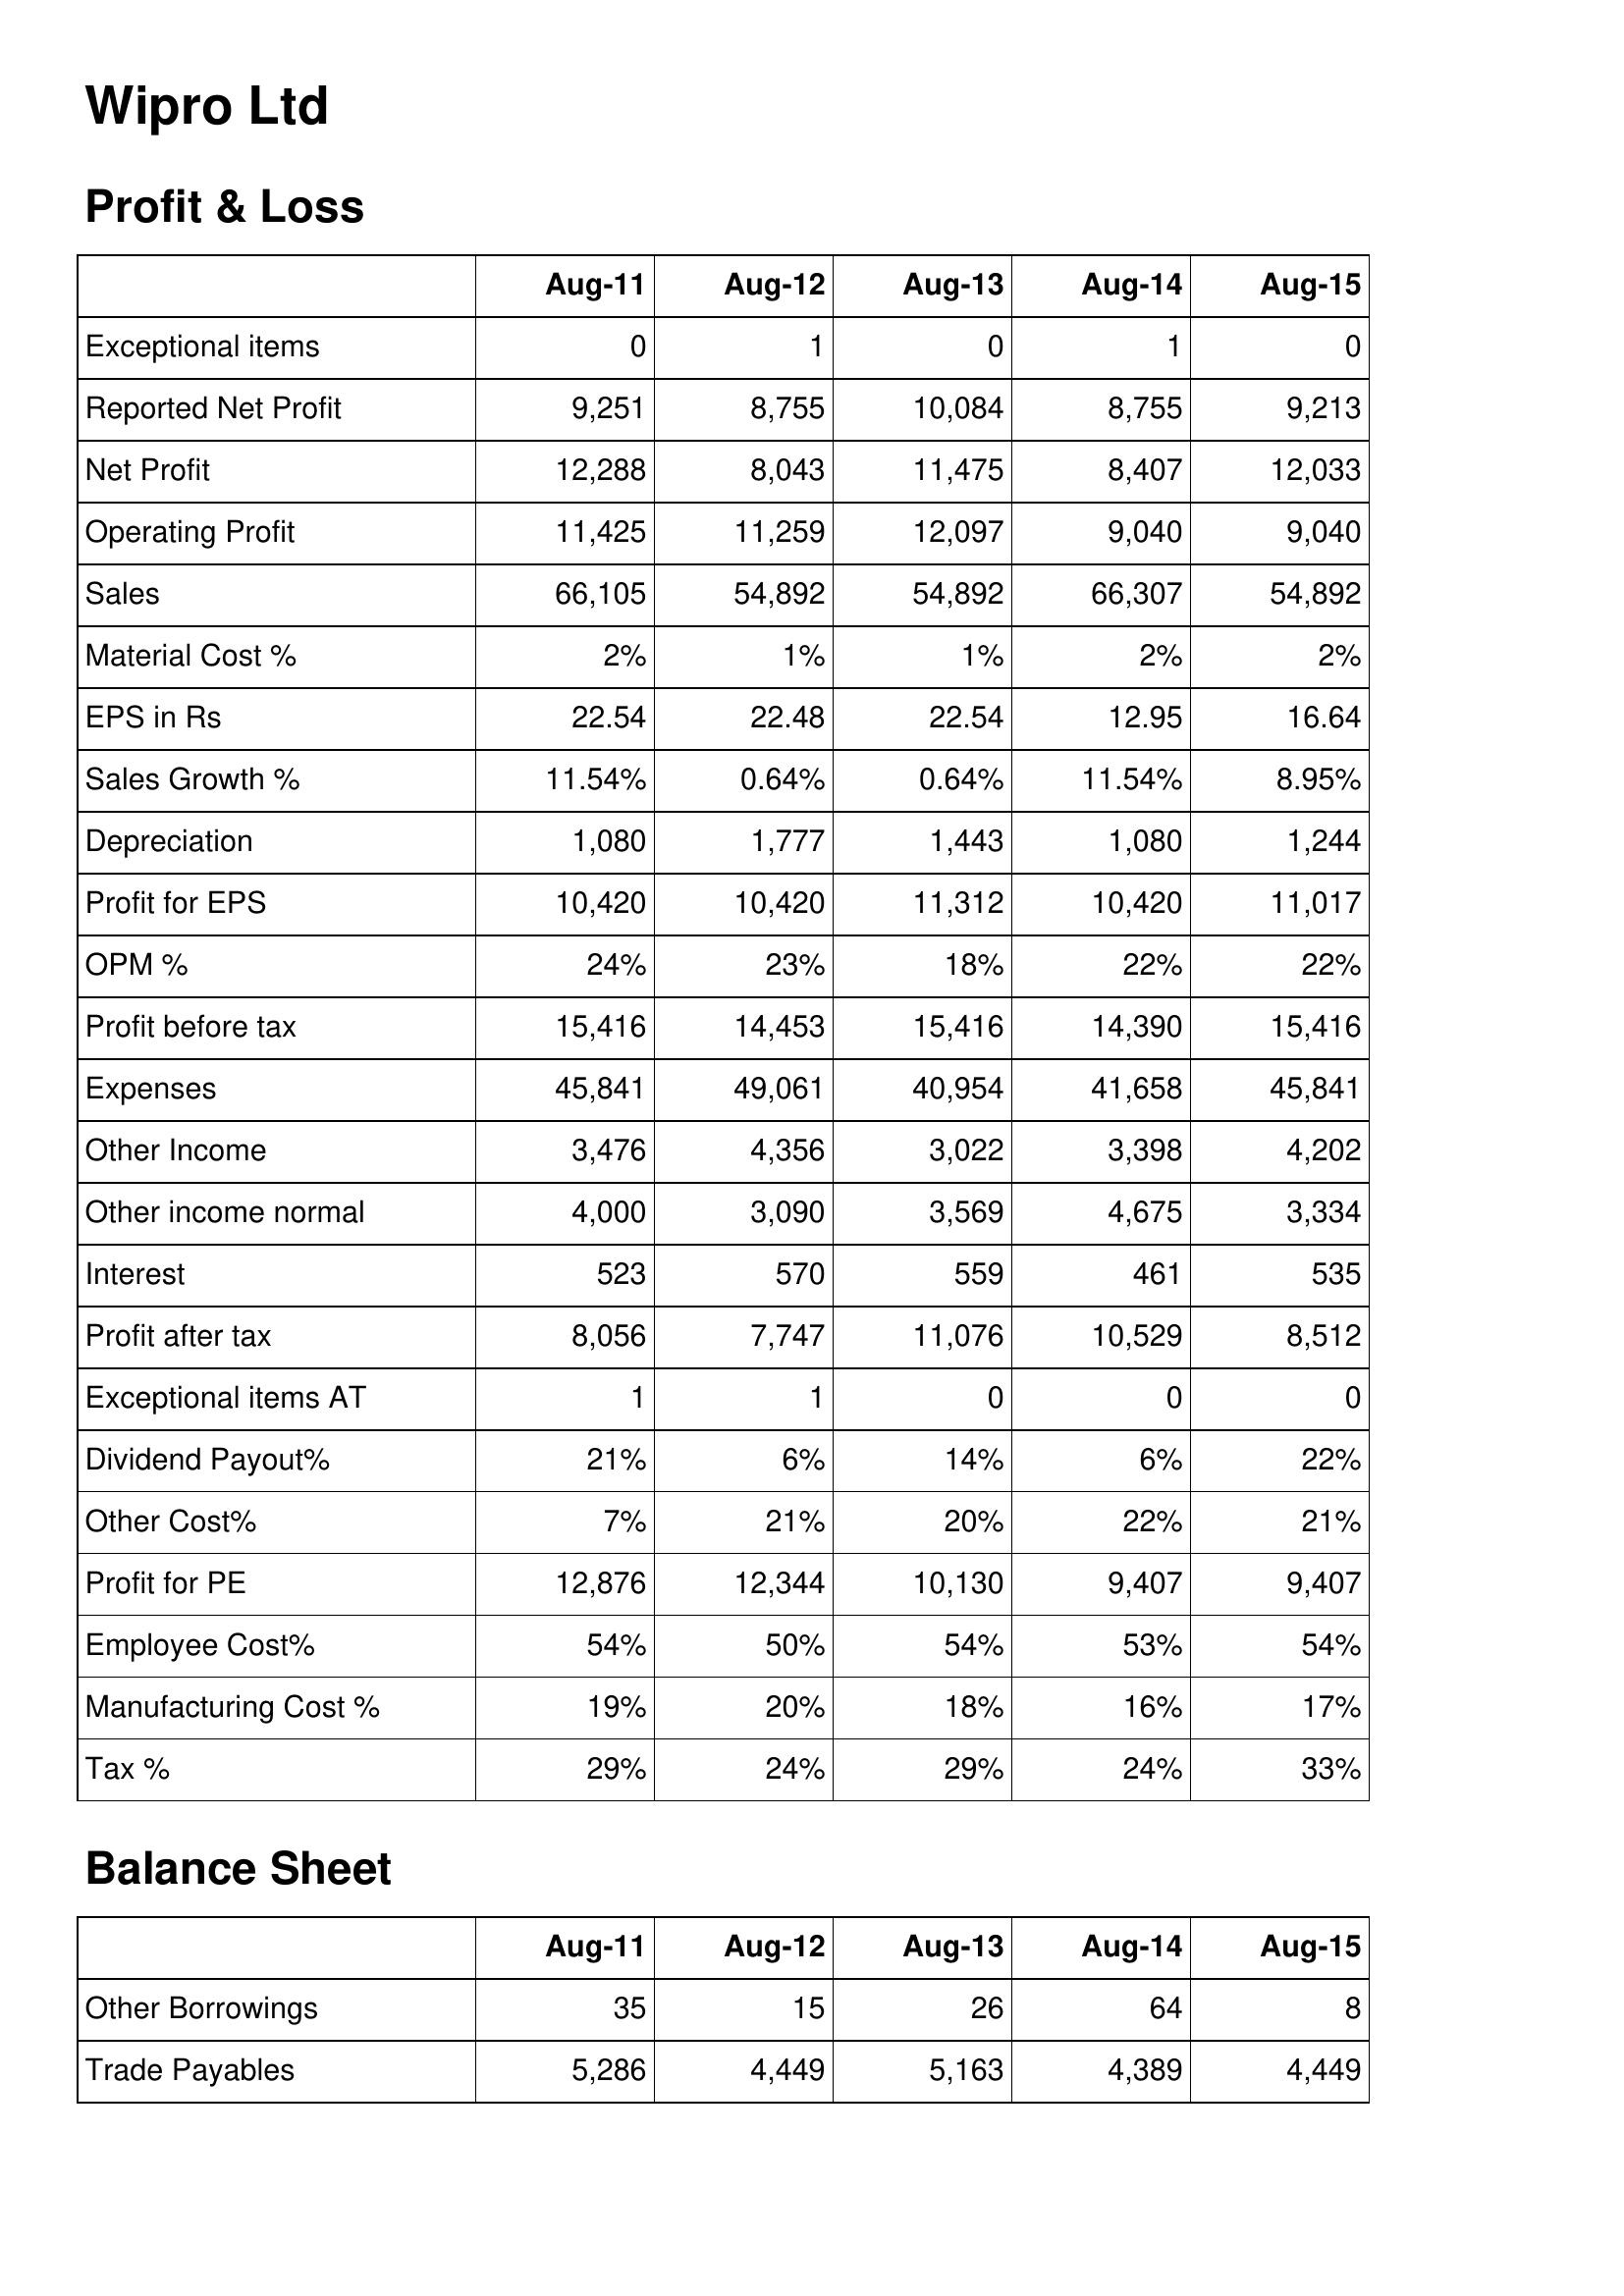
Aug-11: Profit & Loss: Exceptional items: 0
Reported Net Profit: 9,251
Net Profit: 12,288
Operating Profit: 11,425
Sales: 66,105
Material Cost %: 2%
EPS in Rs: 22.54
Sales Growth %: 11.54%
Depreciation: 1,080
Profit for EPS: 10,420
OPM %: 24%
Profit before tax: 15,416
Expenses: 45,841
Other Income: 3,476
Other income normal: 4,000
Interest: 523
Profit after tax: 8,056
Exceptional items AT: 1
Dividend Payout%: 21%
Other Cost%: 7%
Profit for PE: 12,876
Employee Cost%: 54%
Manufacturing Cost %: 19%
Tax %: 29%
Balance Sheet: Other Borrowings: 35
Trade Payables: 5,286
Aug-12: Profit & Loss: Exceptional items: 1
Reported Net Profit: 8,755
Net Profit: 8,043
Operating Profit: 11,259
Sales: 54,892
Material Cost %: 1%
EPS in Rs: 22.48
Sales Growth %: 0.64%
Depreciation: 1,777
Profit for EPS: 10,420
OPM %: 23%
Profit before tax: 14,453
Expenses: 49,061
Other Income: 4,356
Other income normal: 3,090
Interest: 570
Profit after tax: 7,747
Exceptional items AT: 1
Dividend Payout%: 6%
Other Cost%: 21%
Profit for PE: 12,344
Employee Cost%: 50%
Manufacturing Cost %: 20%
Tax %: 24%
Balance Sheet: Other Borrowings: 15
Trade Payables: 4,449
Aug-13: Profit & Loss: Exceptional items: 0
Reported Net Profit: 10,084
Net Profit: 11,475
Operating Profit: 12,097
Sales: 54,892
Material Cost %: 1%
EPS in Rs: 22.54
Sales Growth %: 0.64%
Depreciation: 1,443
Profit for EPS: 11,312
OPM %: 18%
Profit before tax: 15,416
Expenses: 40,954
Other Income: 3,022
Other income normal: 3,569
Interest: 559
Profit after tax: 11,076
Exceptional items AT: 0
Dividend Payout%: 14%
Other Cost%: 20%
Profit for PE: 10,130
Employee Cost%: 54%
Manufacturing Cost %: 18%
Tax %: 29%
Balance Sheet: Other Borrowings: 26
Trade Payables: 5,163
Aug-14: Profit & Loss: Exceptional items: 1
Reported Net Profit: 8,755
Net Profit: 8,407
Operating Profit: 9,040
Sales: 66,307
Material Cost %: 2%
EPS in Rs: 12.95
Sales Growth %: 11.54%
Depreciation: 1,080
Profit for EPS: 10,420
OPM %: 22%
Profit before tax: 14,390
Expenses: 41,658
Other Income: 3,398
Other income normal: 4,675
Interest: 461
Profit after tax: 10,529
Exceptional items AT: 0
Dividend Payout%: 6%
Other Cost%: 22%
Profit for PE: 9,407
Employee Cost%: 53%
Manufacturing Cost %: 16%
Tax %: 24%
Balance Sheet: Other Borrowings: 64
Trade Payables: 4,389
Aug-15: Profit & Loss: Exceptional items: 0
Reported Net Profit: 9,213
Net Profit: 12,033
Operating Profit: 9,040
Sales: 54,892
Material Cost %: 2%
EPS in Rs: 16.64
Sales Growth %: 8.95%
Depreciation: 1,244
Profit for EPS: 11,017
OPM %: 22%
Profit before tax: 15,416
Expenses: 45,841
Other Income: 4,202
Other income normal: 3,334
Interest: 535
Profit after tax: 8,512
Exceptional items AT: 0
Dividend Payout%: 22%
Other Cost%: 21%
Profit for PE: 9,407
Employee Cost%: 54%
Manufacturing Cost %: 17%
Tax %: 33%
Balance Sheet: Other Borrowings: 8
Trade Payables: 4,449